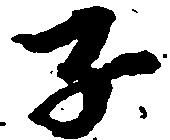
子